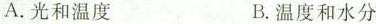
A. 光和温度 B. 温度和水分